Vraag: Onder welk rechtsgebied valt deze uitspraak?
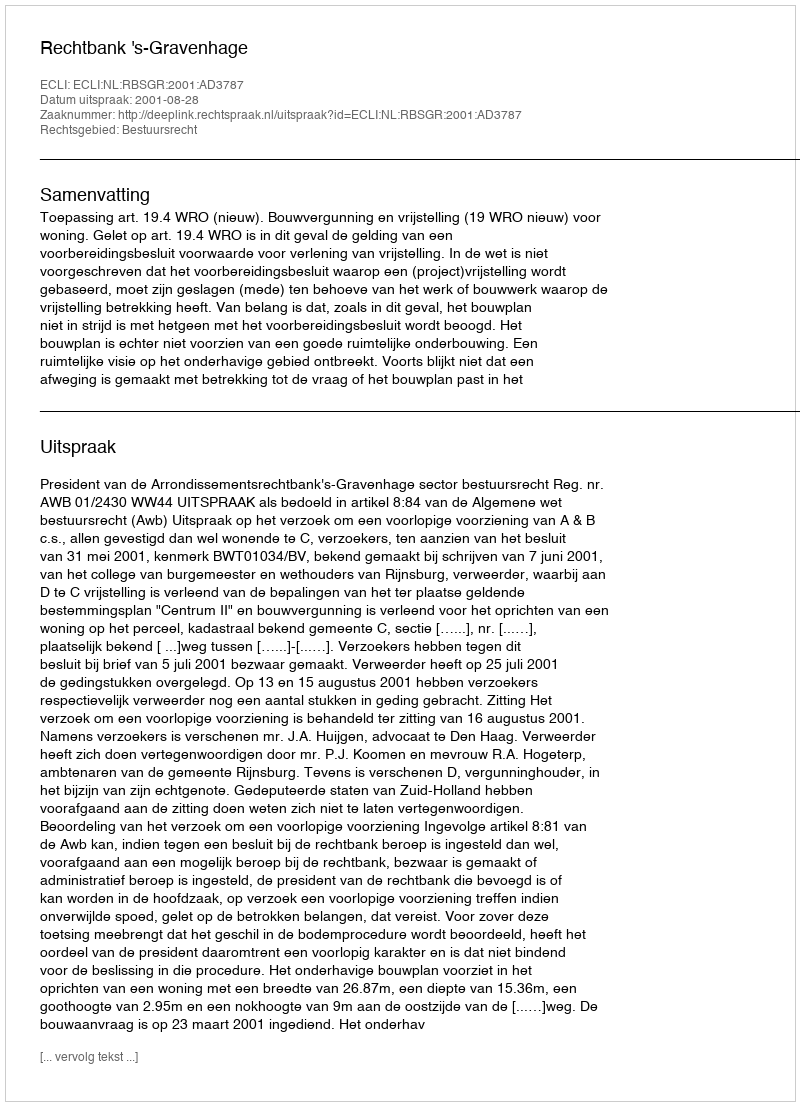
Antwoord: Bestuursrecht